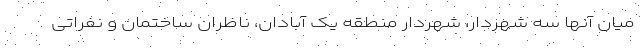
میان آنها سه شهردار، شهردار منطقه یک آبادان، ناظران ساختمان و نفراتی